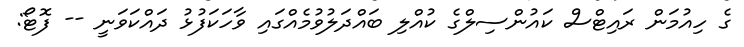
ގެ ހިއުމަން ރައިޓްސް ކައުންސިލްގެ ކުއްލި ބައްދަލުވުމެއްގައި ވާހަކަފުޅު ދައްކަވަނީ -- ފޮޓޯ: